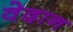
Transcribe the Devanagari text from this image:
वेदान